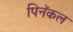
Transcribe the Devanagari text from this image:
पिनॅकल